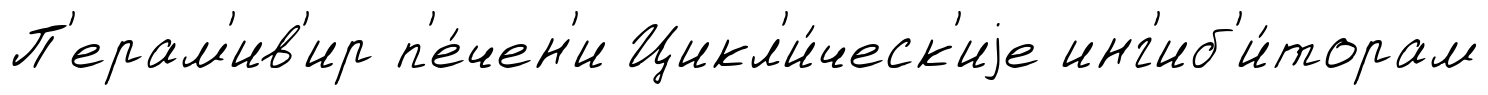
П'ерам'ив'ир п'е́чен'и Цикл'и́ческ'иjе инг'иб'и́торам